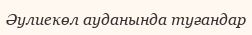
Әулиекөл ауданында туғандар